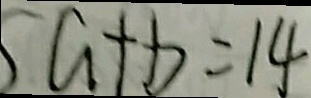
a + b = 1 4